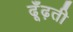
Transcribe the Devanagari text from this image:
ढूँढ़ती